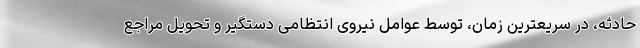
حادثه، در سریعترین زمان، توسط عوامل نیروی انتظامی دستگیر و تحویل مراجع